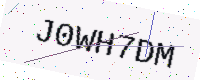
Text: J0WH7DM